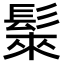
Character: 𩭷